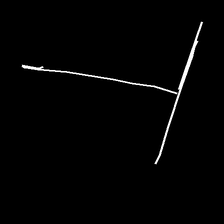
Glyph: column